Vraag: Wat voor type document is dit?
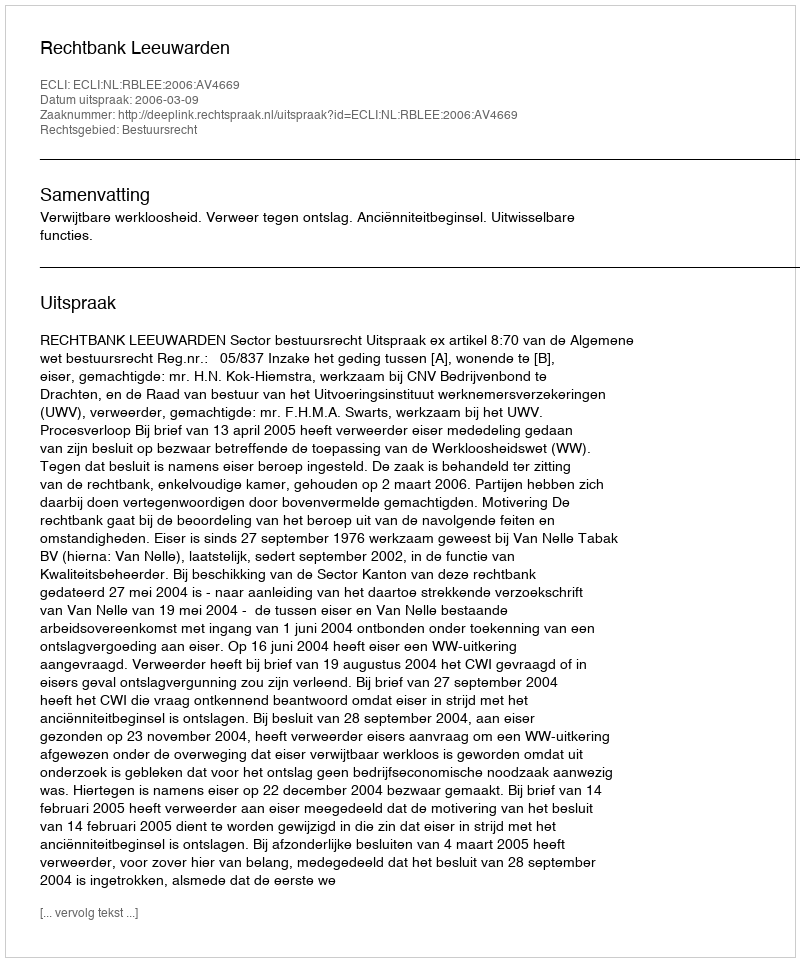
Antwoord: Uitspraak